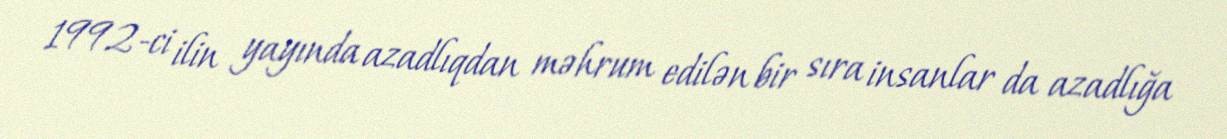
1992-ci ilin yayında azadlıqdan məhrum edilən bir sıra insanlar da azadlığa